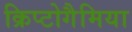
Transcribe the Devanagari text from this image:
क्रिप्टोगैमिया